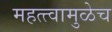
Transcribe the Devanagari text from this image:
महत्त्वामुळेच